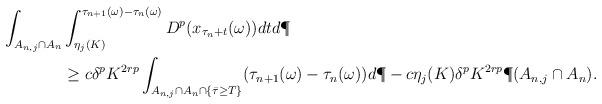
LaTeX: \begin{align*} \int_{A_{n,j} \cap A_n}&\int_{\eta_j(K)}^{\tau_{n+1}(\omega) - \tau_n(\omega)} D^p(x_{\tau_n +t}(\omega))dt d\P \\ & \ge c \delta^p K^{2rp} \int_{A_{n,j} \cap A_n \cap \{\bar{\tau} \ge T\}} (\tau_{n+1}(\omega) - \tau_n(\omega))d\P - c\eta_j(K) \delta^p K^{2rp}\P(A_{n,j} \cap A_n).\end{align*}